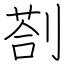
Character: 剳